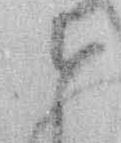
せ